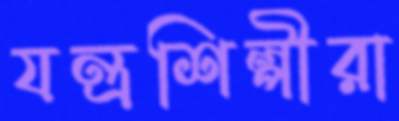
যন্ত্রশিল্পীরা